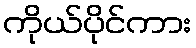
ကိုယ်ပိုင်ကား